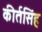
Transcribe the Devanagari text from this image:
कीर्तसिंह